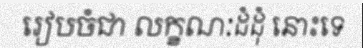
រៀបចំជា លក្ខណៈដំដុំ នោះទេ